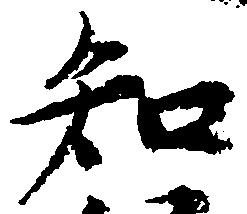
知